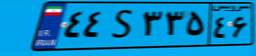
۲۲S۹۱۲۰۸